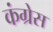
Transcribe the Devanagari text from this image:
कंग्रेस